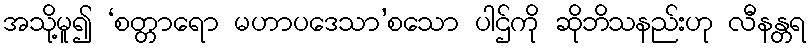
အသို့မူ၍ ‘စတ္တာရော မဟာပဒေသာ’စသော ပါဌ်ကို ဆိုဘိသနည်းဟု လီနန္တရ